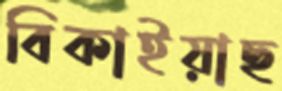
বিকাইয়াছ